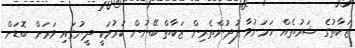
ޒަކާތުގެ ޝަރުތެއް ހަމަނުވާ ފުދުންތެރިން ޒަކާތް ބޭނުން ކުރުމަކީ ދީނުގައި ވަރަށް ބޮޑަށް